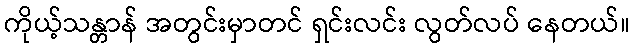
ကိုယ့်သန္တာန် အတွင်းမှာတင် ရှင်းလင်း လွတ်လပ် နေတယ်။